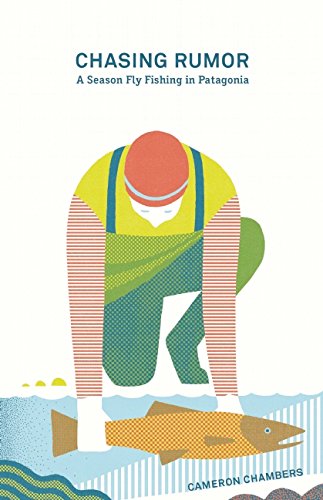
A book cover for Chasing Rumor: A Season Fly Fishing in Patagonia; Cameron Chambers; Sports & Outdoors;